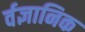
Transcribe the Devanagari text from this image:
र्वज्ञानिक